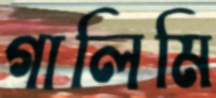
গালিমি